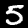
Digit: 5